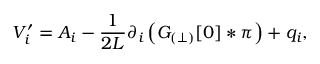
V _ { i } ^ { \prime } = { A } _ { i } - \frac { 1 } { 2 L } \partial _ { i } \left( { \cal G } _ { ( \perp ) } [ 0 ] \ast \pi \right) + q _ { i } ,